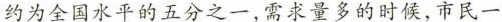
约为全国水平的五分之一，需求量多的时候，市民一